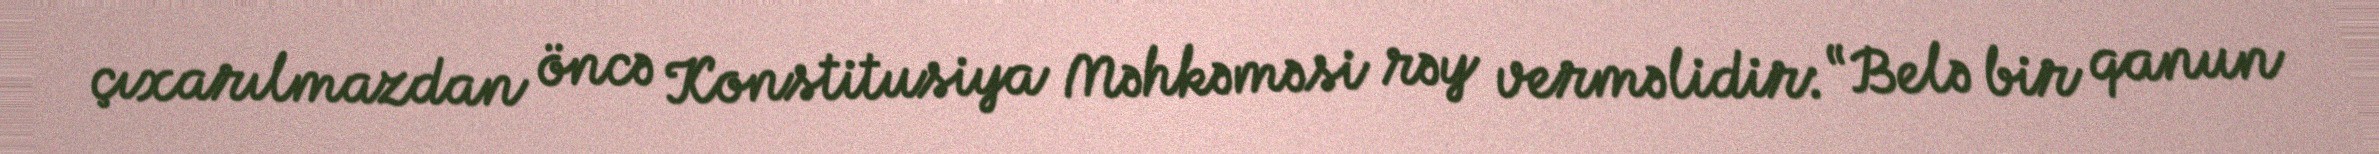
çıxarılmazdan öncə Konstitusiya Məhkəməsi rəy verməlidir: “Belə bir qanun